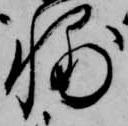
輔